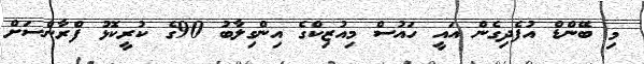
މި ބޭންޑް އުފެދިގެން އައީ ހައުސް މިއުޒިކްގެ އިންގިލާބު 90ގެ ކުރީކޮޅު ފްރާންސަށް